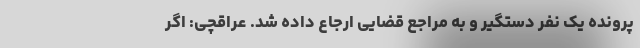
پرونده یک نفر دستگیر و به مراجع قضایی ارجاع داده شد. عراقچی: اگر